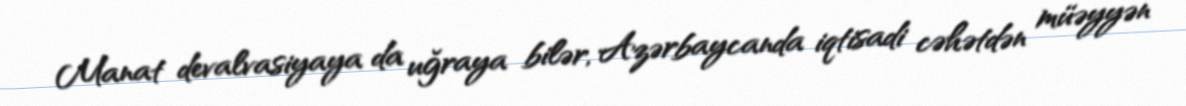
Manat devalvasiyaya da uğraya bilər, Azərbaycanda iqtisadi cəhətdən müəyyən